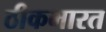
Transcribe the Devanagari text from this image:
ठीकभारत